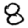
Digit: 8